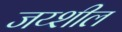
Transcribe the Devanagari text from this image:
जय्शील